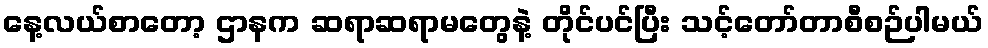
နေ့လယ်စာတော့ ဌာနက ဆရာဆရာမတွေနဲ့ တိုင်ပင်ပြီး သင့်တော်တာစီစဉ်ပါမယ်